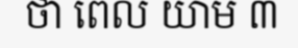
ថា ពេល យាម ៣